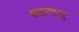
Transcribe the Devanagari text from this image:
शान्‍तनु